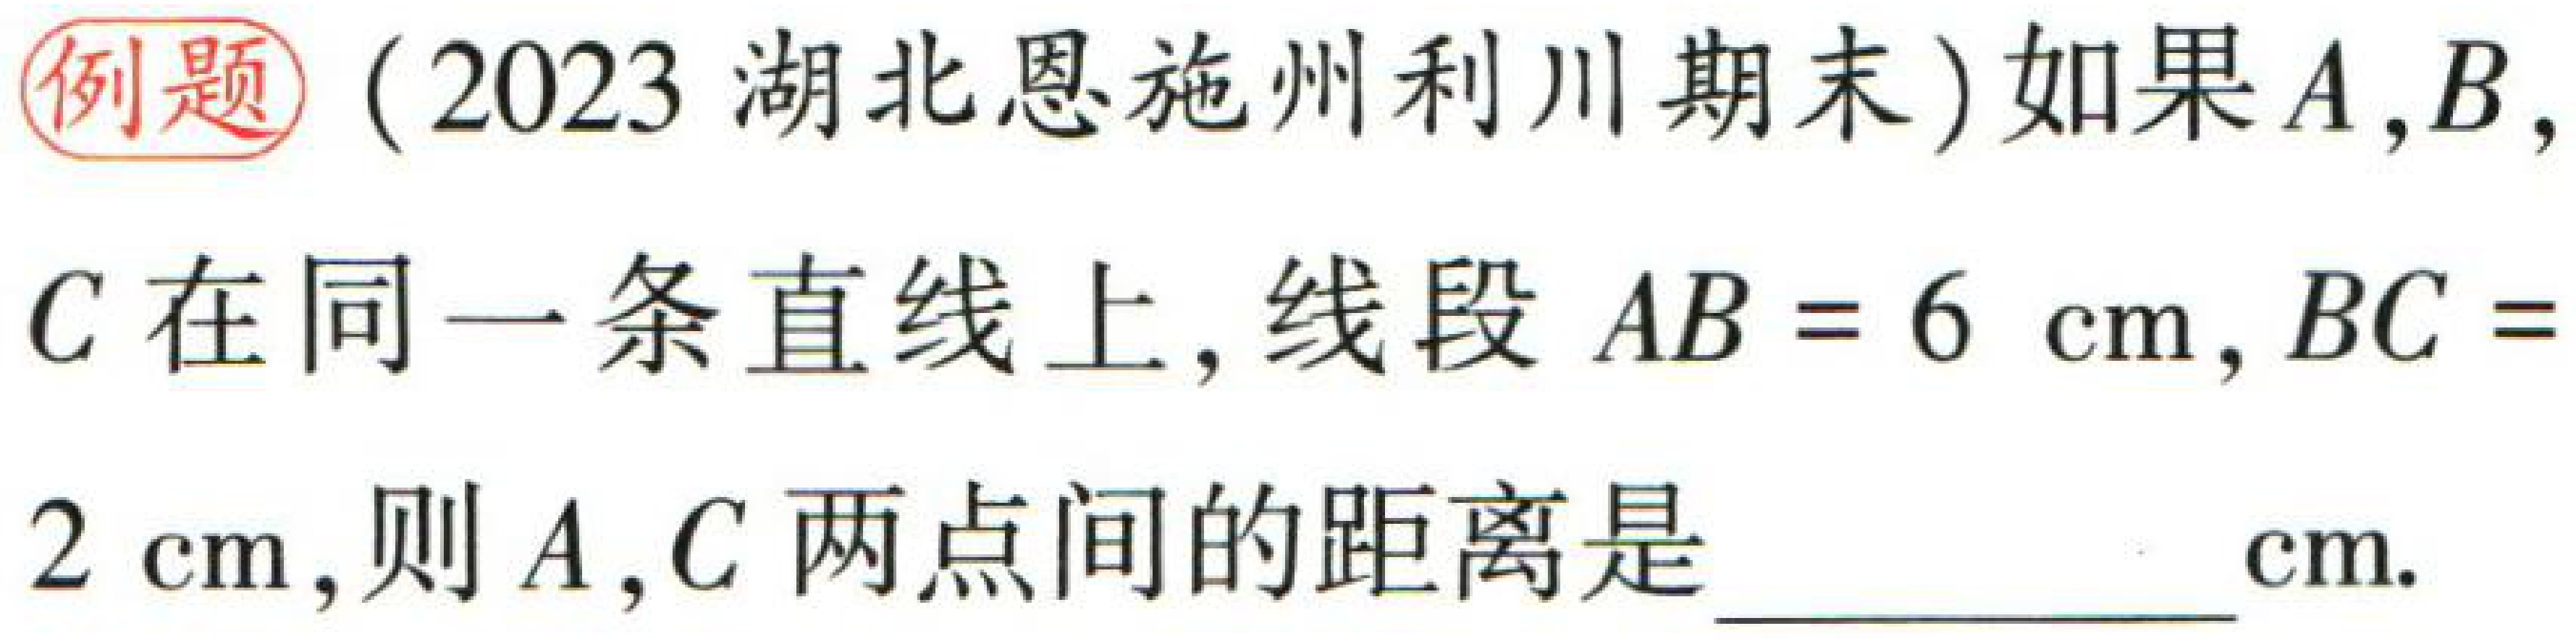
例题（2023 湖北恩施州利川期末）如果\(A,B,C\)在同一条直线上，线段\(AB = 6\mathrm{cm},BC = 2\mathrm{cm}\)，则\(A,C\)两点间的距离是  \_\_\_\_\_\_\_\(\mathrm{cm}\).